Indian journal of veterinary science and animal husbandry - Volume 7,
Year: 1937
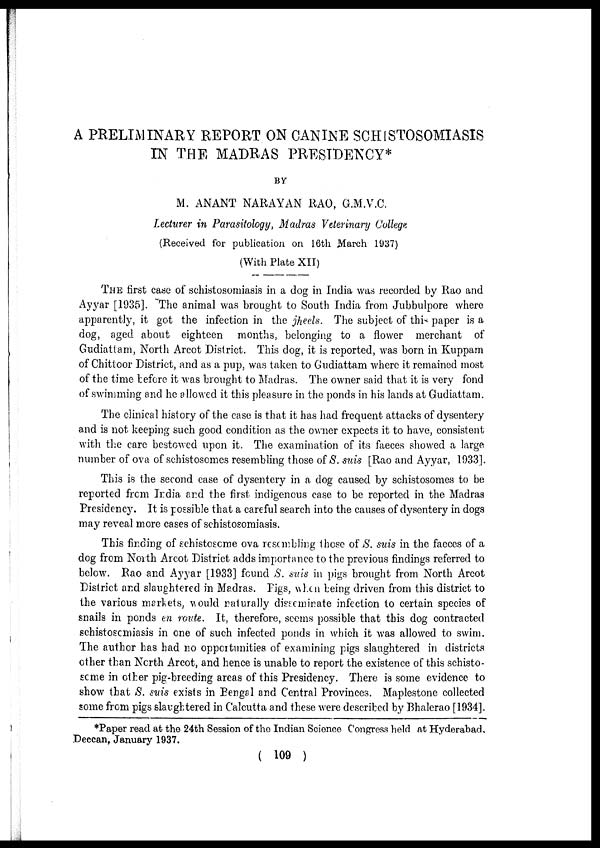
A PRELIMINARY REPORT ON CANINE SCHISTOSOMIASIS
IN THE MADRAS PRESIDENCY*
BY
M. ANANT NARAYAN RAO, G.M.V.C.
Lecturer in Parasitology, Madras Veterinary College
(Received for publication on 16th March 1937)
(With Plate XII)
THE first case of schistosomiasis in a dog in India was recorded by Rao and
Ayyar [1935]. The animal was brought to South India from Jubbulpore where
apparently, it got the infection in the jheels. The subject of this paper is a
dog, aged about eighteen months, belonging to a flower merchant of
Gudiattam, North Arcot District. This dog, it is reported, was born in Kuppam
of Chittoor District, and as a pup, was taken to Gudiattam where it remained most
of the time before it was brought to Madras. The owner said that it is very fond
of swimming and he allowed it this pleasure in the ponds in his lands at Gudiattam.
The clinical history of the case is that it has had frequent attacks of dysentery
and is not keeping such good condition as the owner expects it to have, consistent
with the care bestowed upon it. The examination of its faeces showed a large
number of ova of schistosomes resembling those of S. suis [Rao and Ayyar, 1933].
This is the second case of dysentery in a dog caused by schistosomes to be
reported from India and the first indigenous case to be reported in the Madras
Presidency. It is possible that a careful search into the causes of dysentery in dogs
may reveal more cases of schistosomiasis.
This finding of schistosome ova resembling those of S. suis in the faeces of a
dog from North Arcot District adds importance to the previous findings referred to
below. Rao and Ayyar [1933] found S. suis in pigs brought from North Arcot
District and slaughtered in Madras. Figs, when being driven from this district to
the various markets, would naturally disseminate infection to certain species of
snails in ponds en route. It, therefore, seems possible that this dog contracted
schistosomiasis in one of such infected ponds in which it was allowed to swim.
The author has had no opportunities of examining pigs slaughtered in districts
other than North Arcot, and hence is unable to report the existence of this schisto-
some in other pig-breeding areas of this Presidency. There is some evidence to
show that S. suis exists in Benga1 and Central Provinces. Maplestone collected
some from pigs slaughtered in Calcutta and these were described by Bhalerao [1934].
*Paper read at the 24th Session of the Indian Science Congress held at Hyderabad,
Deccan, January 1937.
( 109 )